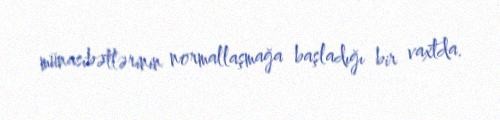
münasibətlərinin normallaşmağa başladığı bir vaxtda.